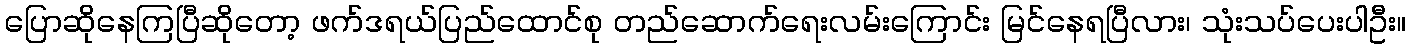
ပြောဆိုနေကြပြီဆိုတော့ ဖက်ဒရယ်ပြည်ထောင်စု တည်ဆောက်ရေးလမ်းကြောင်း မြင်နေရပြီလား၊ သုံးသပ်ပေးပါဦး။